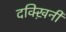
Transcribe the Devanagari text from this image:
दक्ख़िनी